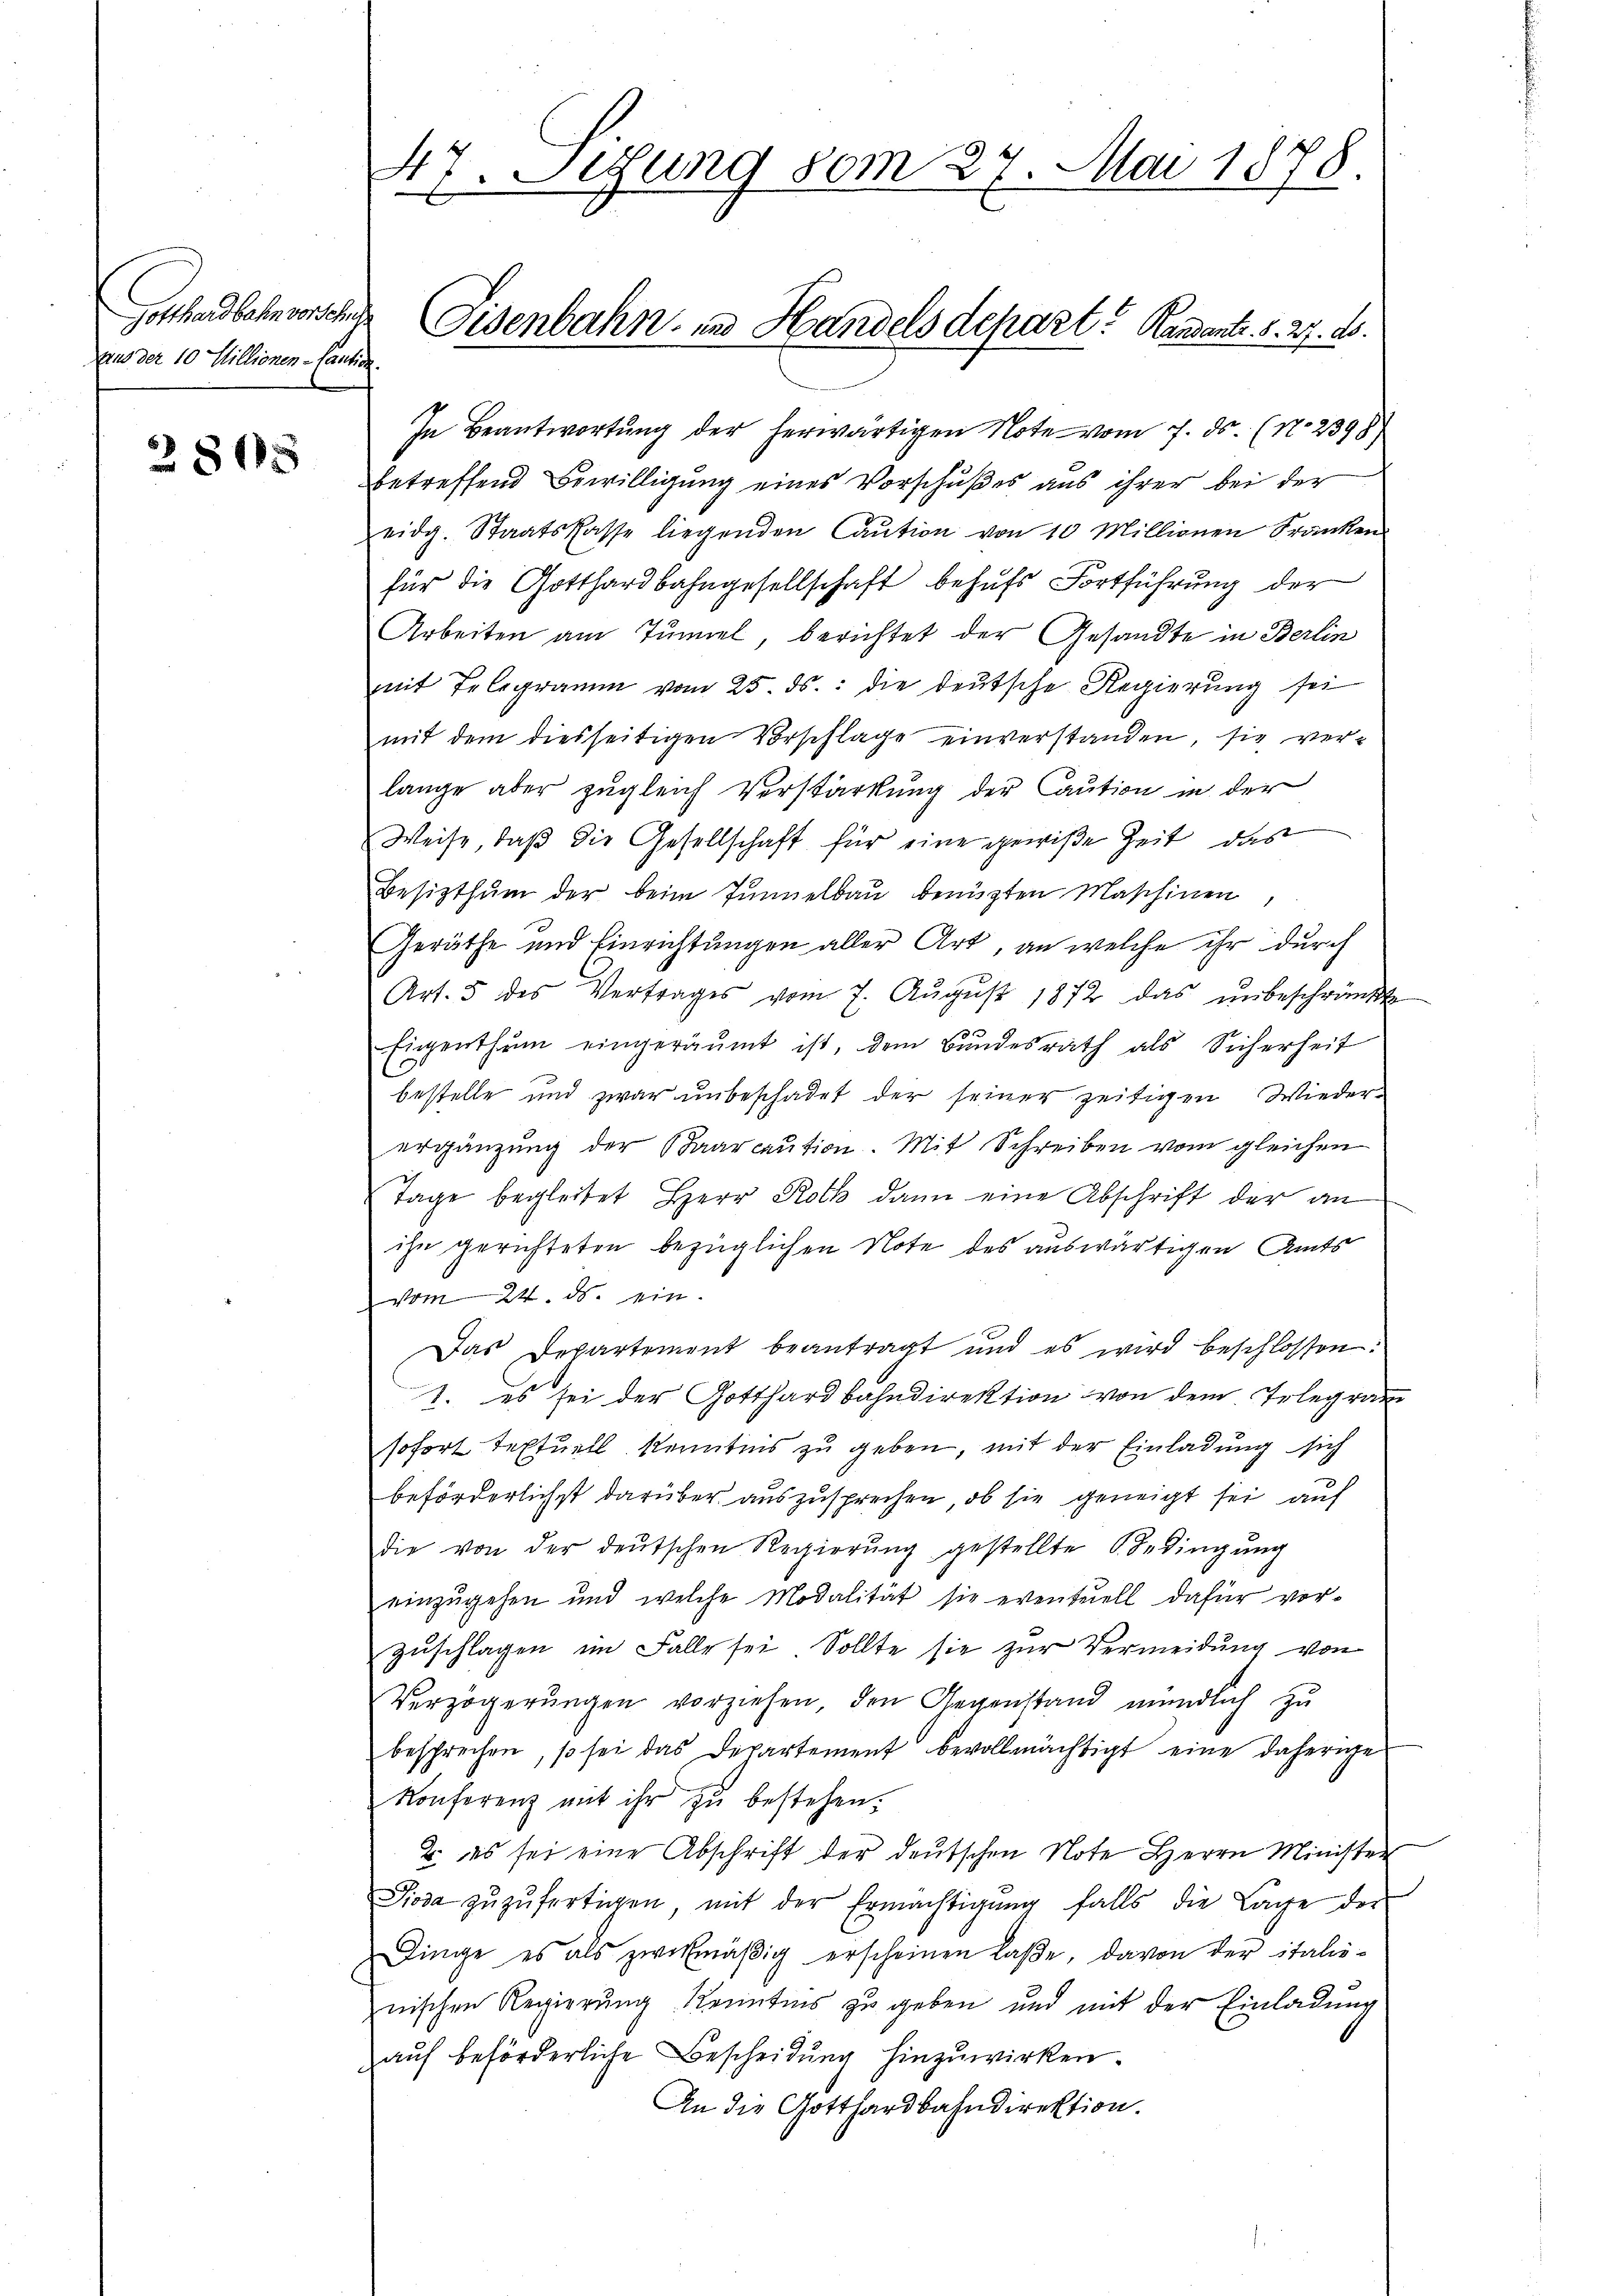
Gotthardbahn vor eliche
Aus der 10 Millionen-Caution.

3808

47. Sitzung vom 27. Mai 1878.
4

Eisenbahn in Handels depart? Kandante. S. 27. ds.

In Beantwortung der herwärtigen Note vom 7. ds. (N. 2398)
betreffend Bewilligung eines Vorschußes aus ihrer bei der
eidg. Staatskasse liegenden Caution von 10 Millionen Kranken
für die Gotthardbahngesellschaft behufs Fortführung der
Arbeiten am Tunnel, berichtet der Gesandte in Berlin
mit Telegramm vom 25. ds. die deutsche Regierung sei
mit dem diesseitigen Vorschlage einverstanden, sie ver-
lange aber zugleich Verstärkung der Caution in der
Weise, daß die Gesellschaft für eine gewiße Zeit, das
Besitzthum der beim Tunnelbau benuzten Maschinen
Geräthe und Einrichtungen aller Art, an welche ihr durch
Art. 5 des Vertrages vom 7. Aŭgŭst 1872 das ŭnbeschränkt
Eigenthum eingeräumt ist, dem Bundesrath als Sicherheit
bestelle und zwar unbeschadet der seiner zeitigen Wiederergänzung der Baarcaŭtion. Mit Schreiben vom gleichen
Tage begleitet Herr Roth dann eine Abschrift der an
ihn gerichteten bezüglichen Note des auswärtigen Amts
vom 24. ds. ein.
Das Departement beantragt und es wird beschlossen:
1. es sei der Gotthardbahndirektion von dem Telegram
sofort Textuell Kenntnis zu geben, mit der Einladung sich
beförderlichst darüber auszusprechen, ob sie geneigt sei, auf
die von der deutschen Regierŭng gestellte Bedingŭng
einzugehen und welche Modalität sie eventeiell dafür vor-
Zŭschlagen im Falle sei. Sollte sie zur Vermeidung von
Verzögerungen vorziehen, den Gegenstand mündlich zu
besprechen, so sei das Departement bevollmächtigt eine daherige
Konferenz mit ihr zu bestehen.
2. es sei eine Abschrift der deutschen Note Herrn Minister
Pioda zŭzŭfertigen, mit der Ermächtigŭng falls die Lage der
Dinge es als zwekmäβig erscheinen laße, davon der italie-
zuischen Regierung kenntnis zu geben und mit der Einladung
auf beförderliche Bescheidung hinzuwirken
An die Gotthardbahndirektion.